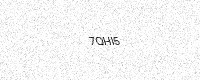
Text: 7QHI5